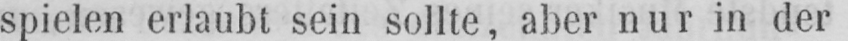
spielen erlaubt sein sollte, aber nur in der